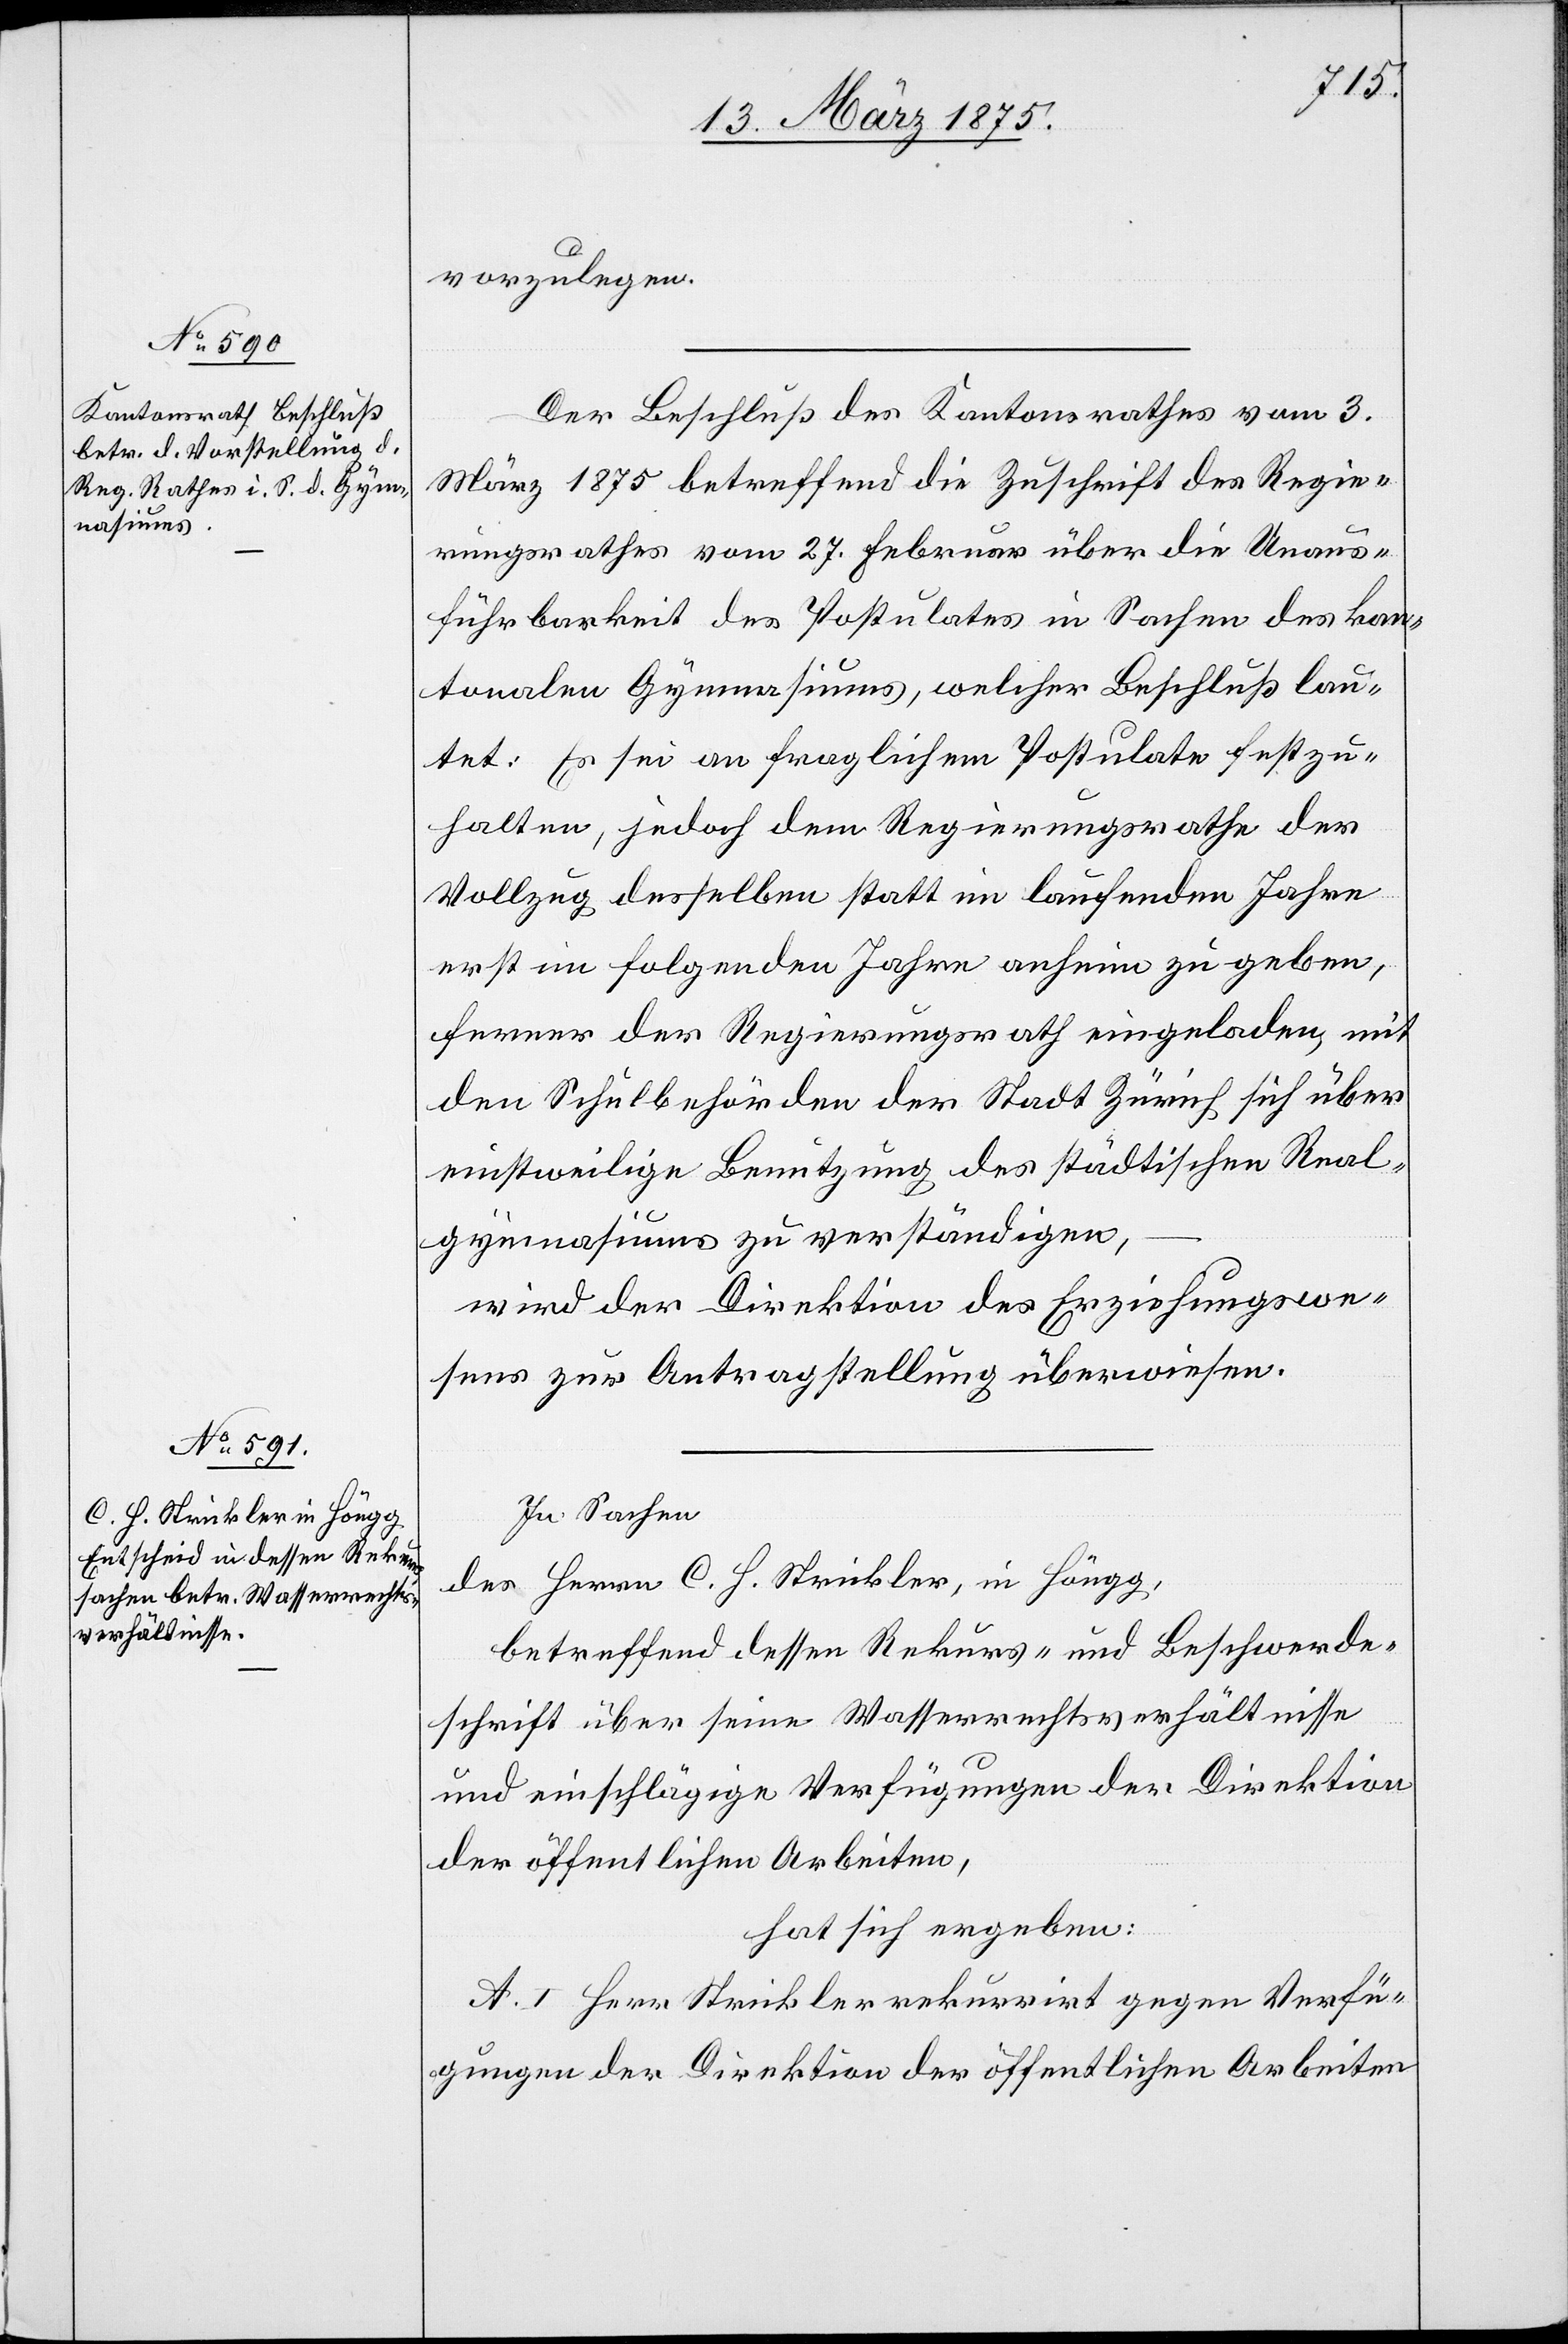
vorzulegen.
Der Beschluß des Kantonsrathes vom 3.
März 1875 betreffend die Zuschrift des Regie¬
rungsrathes vom 27. Februar über die Unaus¬
führbarkeit des Postulates in Sachen des kan¬
tonalen Gymnasiums, welcher Beschluß lau¬
tet: Es sei an fraglichem Postulate festzu¬
halten, jedoch dem Regierungsrathe der
Vollzug desselben statt in laufendem Jahre
erst in folgenden Jahren anheim zu geben,
ferner der Regierungsrath eingeladen, mit
den Schulbehörden der Stadt Zürich sich über
einstweilige Benutzung des städtischen Real¬
gymnasiums zu verständigen,
wird der Direktion des Erziehungswe¬
sens zur Antragstellung überwiesen.
In Sachen
des Herrn C. H. Strickler, in Höngg,
betreffend dessen Rekurs- und Beschwerde¬
schrift über seine Wasserrechtsverhältnisse
und einschlägige Verfügungen der Direktion
der öffentlichen Arbeiten,
hat sich ergeben:
A. I. Herr Strickler rekurrirt gegen Verfü¬
gungen der Direktion der öffentlichen Arbeiten